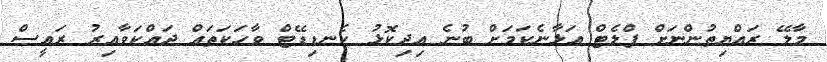
މާލޭ ރައްޔިތުންނަށް ފްލެޓް އަޅާނެކަމަށް ބުނެ އިދިކޮޅު ކެނޑިޑޭޓް ވާހަކަތައް ދައްކަވާއިރު ރައީސް